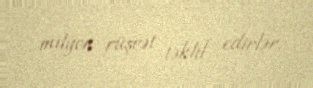
milyon rüşvət təklif edirlər.